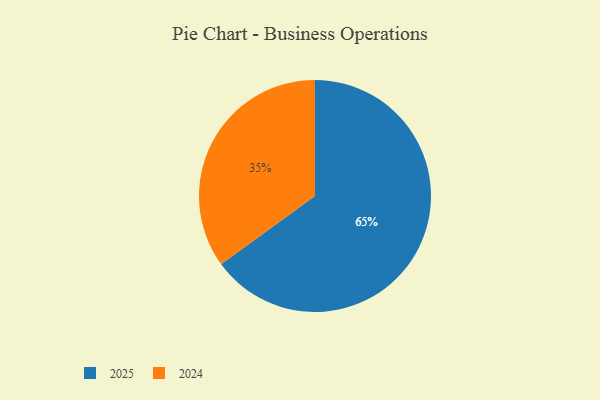
{"axis": {"x": "Category", "y": "Percentage"}, "legend": ["2024", "2025"], "data": [{"x": "2025", "y": 65, "type": "2025"}, {"x": "2024", "y": 35, "type": "2024"}]}